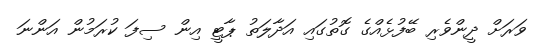
ވަރަށް ދީންވެރި ބޭފުޅެއްގެ ގޮތުގައި އަދާލަތު ޕާޓީ އިން ސިފަ ކުރަމުން އަންނަ